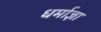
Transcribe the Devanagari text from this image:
धर्माज्ञा